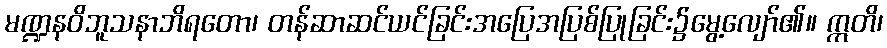
မဏ္ဍနဝိဘူသနာဘိရတော၊ တန်ဆာဆင်ယင်ခြင်းအပြေအပြစ်ပြုခြင်း၌မွေ့လျော်၏။ ဣတိ၊